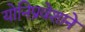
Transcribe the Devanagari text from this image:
योनिप्रवेशाने